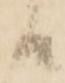
候